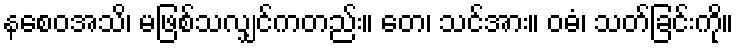
နစေဝအသိ၊ မဖြစ်သလျှင်ကတည်း။ တေ၊ သင်အား။ ဝဓံ၊ သတ်ခြင်းကို။